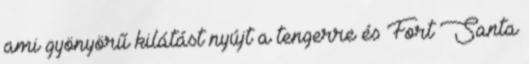
ami gyönyörű kilátást nyújt a tengerre és Fort Santa